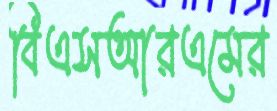
বিএসআরএমের